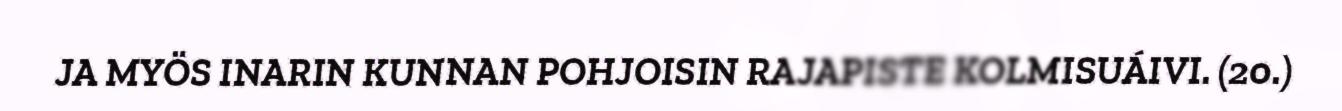
JA MYÖS INARIN KUNNAN POHJOISIN RAJAPISTE KOLMISUÁIVI. (20.)